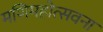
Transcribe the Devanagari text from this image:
मणिमहोत्सवना